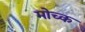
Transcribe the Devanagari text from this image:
मोच्क